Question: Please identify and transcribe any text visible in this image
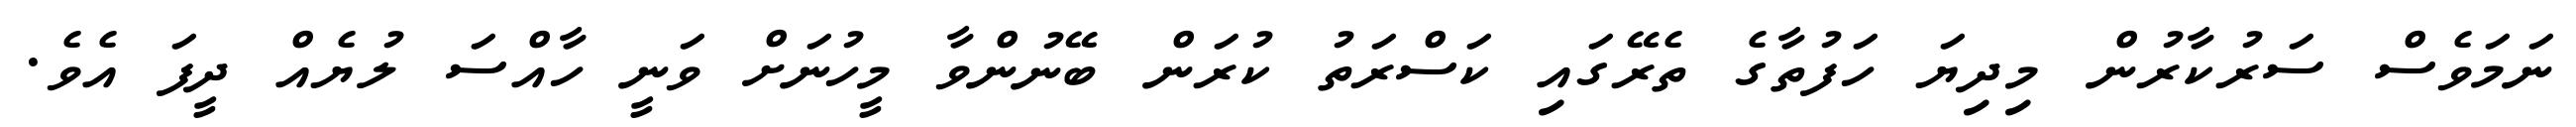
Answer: ނަމަވެސް ސަރުކާރުން މިދިޔަ ހަފުތާގެ ތެރޭގައި ކަސްރަތު ކުރަން ބޭނުންވާ މީހުނަށް ވަނީ ހާއްސަ ލުޔެއް ދީފަ އެވެ.